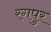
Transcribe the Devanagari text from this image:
रगपुर